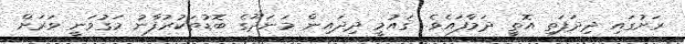
ރަށުގައި ދިދަފަތި އޮތީ ދަމާފައެވެ. ޤައުމީ ދިދައިން މަނަދޫގެ ބޮޑުތަކުރުފާނު މަގުވަނީ ވަރަށް